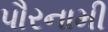
પૌરનામી